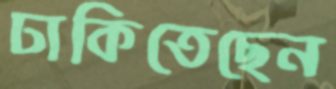
ঢাকিতেছেন